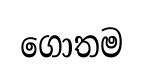
ගොතම